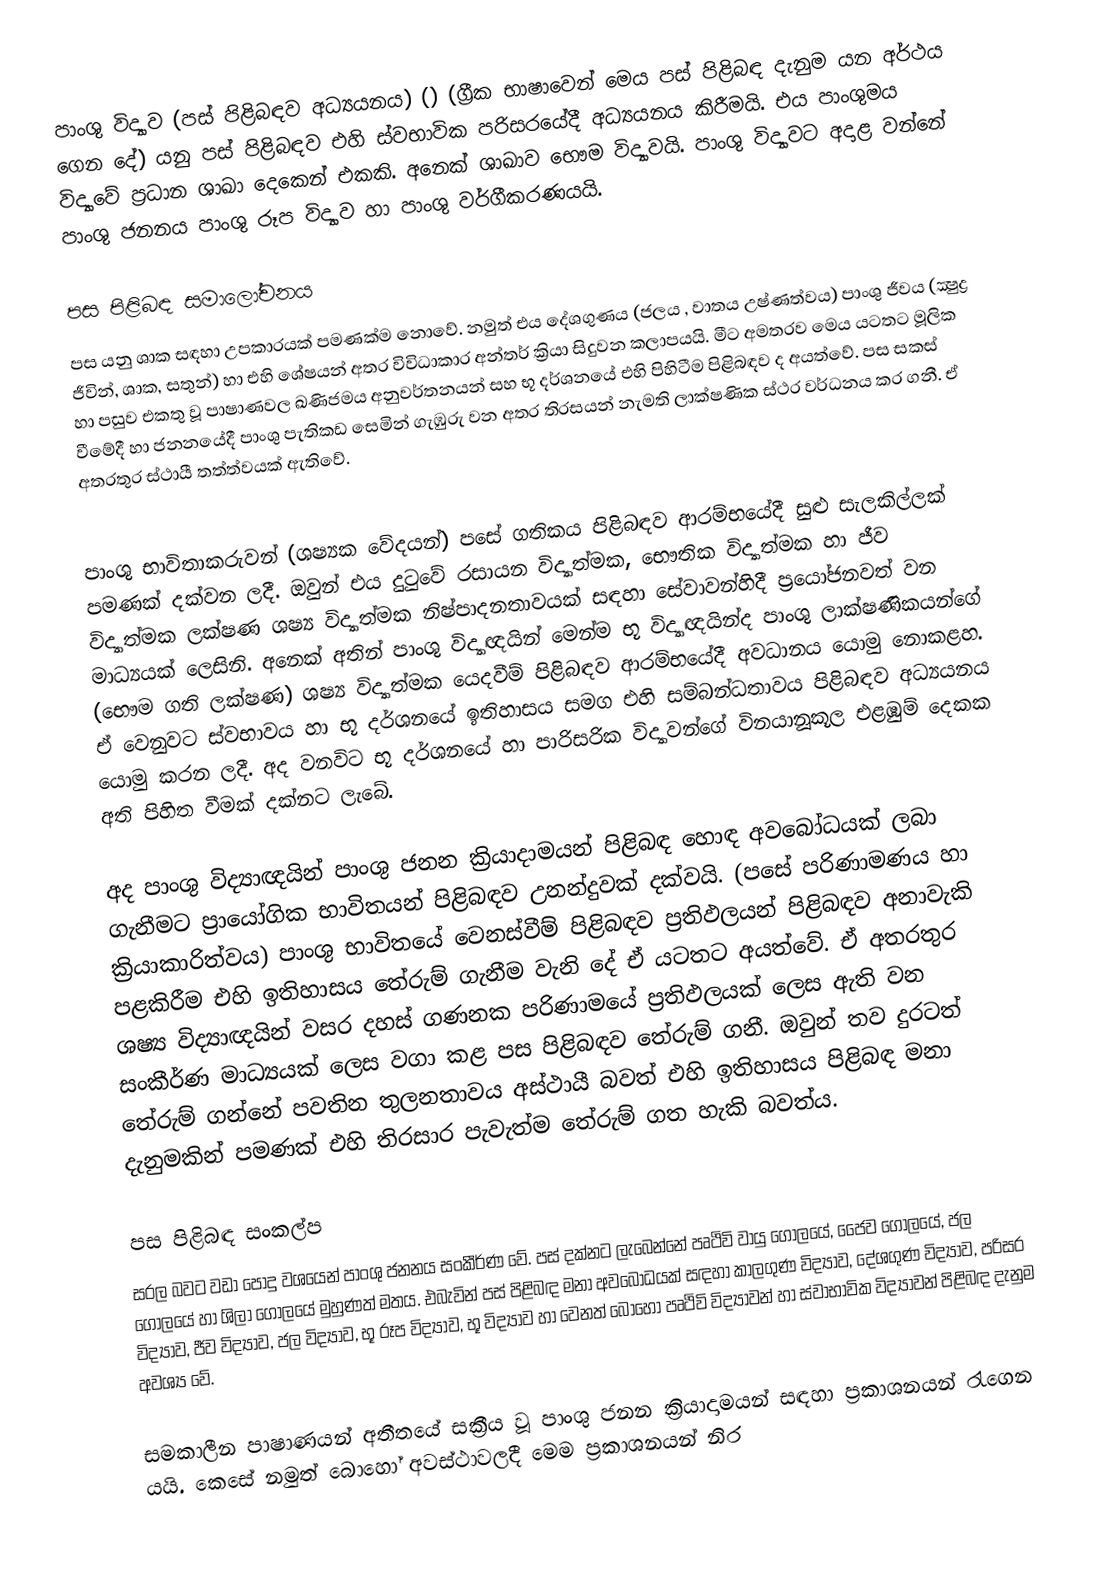
පාංශු විද්‍යාව (පස් පිළිබඳව අධ්‍යයනය) () (ග්‍රීක භාෂාවෙන් මෙය පස් පිළිබඳ දැනුම යන අර්ථය ගෙන දේ) යනු පස් පිළිබඳව එහි ස්වභාවික පරිසරයේදී අධ්‍යයනය කිරීමයි. එය පාංශුමය විද්‍යාවේ ප්‍රධාන ශාඛා දෙකෙන් එකකි. අනෙක් ශාඛාව භෞම විද්‍යාවයි. පාංශු විද්‍යාවට අදාළ වන්නේ පාංශු ජනනය පාංශු රූප විද්‍යාව හා පාංශු වර්ගීකරණයයි.

පස පිළිබඳ සමාලෝචනය
පස යනු ශාක සඳහා උපකාරයක් පමණක්ම නොවේ. නමුත් එය දේශගුණය (ජලය , වාතය උෂ්ණත්වය) පාංශු ජීවය (ක්‍ෂුද්‍ර ජීවින්, ශාක, සතුන්) හා එහි ශේෂයන් අතර විවිධාකාර අන්තර් ක්‍රියා සිදුවන කලාපයයි. මීට අමතරව මෙය යටතට මූලික හා පසුව එකතු වූ පාෂාණවල ඛණිජමය අනුවර්තනයන් සහ භූ දර්ශනයේ එහි පිහිටීම පිළිබඳව ද අයත්වේ. පස සකස් වීමේදී හා ජනනයේදී පාංශු පැතිකඩ සෙමින් ගැඹුරු වන අතර තිරසයන් නැමති ලාක්ෂණික ස්ථර වර්ධනය කර ගනී. ඒ අතරතුර ස්ථායී තත්ත්වයක් ඇතිවේ.

පාංශු භාවිතාකරුවන් (ශෂ්‍යක වේදයන්) පසේ ගතිකය පිළිබඳව ආරම්භයේදී සුළු සැලකිල්ලක් පමණක් දක්වන ලදී. ඔවුන් එය දුටුවේ රසායන විද්‍යාත්මක, භෞතික විද්‍යාත්මක හා ජීව විද්‍යාත්මක ලක්ෂණ ශෂ්‍ය විද්‍යාත්මක නිෂ්පාදනතාවයක් සඳහා සේවාවන්හිදී ප්‍රයෝජනවත් වන මාධ්‍යයක් ලෙසිනි. අනෙක් අතින් පාංශු විද්‍යාඥයින් මෙන්ම භූ විද්‍යාඥයින්ද පාංශු ලාක්ෂණිකයන්ගේ (භෞම ගති ලක්ෂණ) ශෂ්‍ය විද්‍යාත්මක යෙදවීම් පිළිබඳව ආරම්භයේදී අවධානය යොමු නොකළහ. ඒ වෙනුවට ස්වභාවය හා භූ දර්ශනයේ ඉතිහාසය සමග එහි සම්බන්ධතාවය පිළිබඳව අධ්‍යයනය යොමු කරන ලදී. අද වනවිට භූ දර්ශනයේ හා පාරිසරික විද්‍යාවන්ගේ විනයානූකූල එළඹුම් දෙකක අති පිහිත වීමක් දක්නට ලැබේ.

අද පාංශු විද්‍යාඥයින් පාංශු ජනන ක්‍රියාදාමයන් පිළිබඳ හොඳ අවබෝධයක් ලබා ගැනීමට ප්‍රායෝගික භාවිතයන් පිළිබඳව උනන්දුවක් දක්වයි. (පසේ පරිණාමණය හා ක්‍රියාකාරිත්වය) පාංශු භාවිතයේ වෙනස්වීම් පිළිබඳව ප්‍රතිඵලයන් පිළිබඳව අනාවැකි පළකිරීම එහි ඉතිහාසය තේරුම් ගැනීම වැනි දේ ඒ යටතට අයත්වේ. ඒ අතරතුර ශෂ්‍ය විද්‍යාඥයින් වසර දහස් ගණනක පරිණාමයේ ප්‍රතිඵලයක් ලෙස ඇති වන සංකීර්ණ මාධ්‍යයක් ලෙස වගා කළ පස පිළිබඳව තේරුම් ගනී. ඔවුන් තව දුරටත් තේරුම් ගන්නේ පවතින තුලනතාවය අස්ථායී බවත් එහි ඉතිහාසය පිළිබඳ මනා දැනුමකින් පමණක් එහි තිරසාර පැවැත්ම තේරුම් ගත හැකි බවත්ය.

පස පිළිබඳ සංකල්ප
 සරල බවට වඩා පොදු වශයෙන් පාංශු ජනනය සංකීර්ණ වේ. පස් දක්නට ලැබෙන්නේ පෘථිවි වායු ගෝලයේ, ජෛව ගෝලයේ, ජල ගෝලයේ හා ශිලා ගෝලයේ මුහුණත් මතය. එබැවින් පස් පිළිබඳ මනා අවබෝධයක් සඳහා කාලගුණ විද්‍යාව, දේශගුණ විද්‍යාව, පරිසර විද්‍යාව, ජීව විද්‍යාව, ජල විද්‍යාව, භූ රූප විද්‍යාව, භූ විද්‍යාව හා වෙනත් බොහෝ පෘථිවි විද්‍යාවන් හා ස්වාභාවික විද්‍යාවන් පිළිබඳ දැනුම අවශ්‍ය වේ.

 සමකාලීන පාෂාණයන් අතීතයේ සක්‍රීය වූ පාංශු ජනන ක්‍රියාදාමයන් සඳහා ප්‍රකාශනයන් රැගෙන යයි. කෙසේ නමුත් බොහෝ අවස්ථාවලදී මෙම ප්‍රකාශනයන් නිර